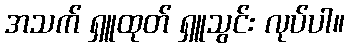
အသက် ရှူထုတ် ရှူသွင်း လုပ်ပါ။